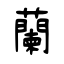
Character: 蘭